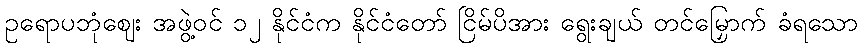
ဥရောပဘုံဈေး အဖွဲ့ဝင် ၁၂ နိုင်ငံက နိုင်ငံတော် ငြိမ်ပိအား ရွေးချယ် တင်မြှောက် ခံရသော